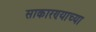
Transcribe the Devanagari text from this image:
साकारण्याच्या